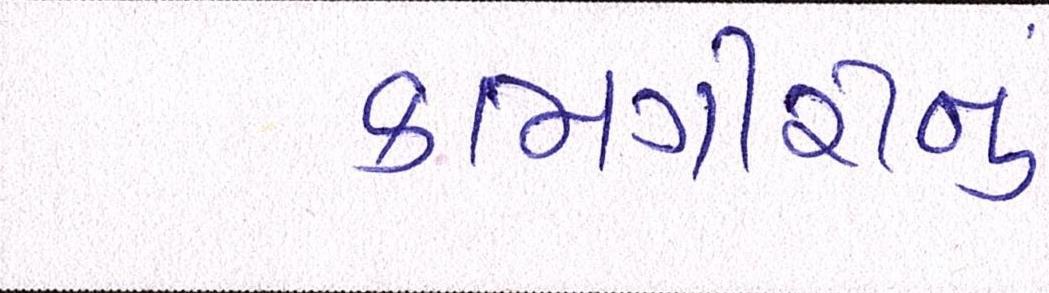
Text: કામગીરીનું